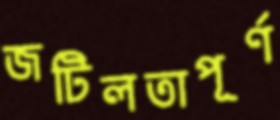
জটিলতাপূর্ণ